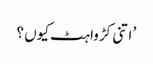
’ اتنی کڑواہٹ کیوں ؟